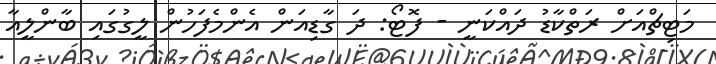
މަޓިޗްއަށް ރަތްކާޑު ދައްކަނީ - ފޮޓޯ: ދަ ގާޑިއަން އެންމެފަހުން ލީގުގައި ބާންލީއާ